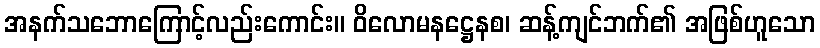
အနက်သဘောကြောင့်လည်းကောင်း။ ဝိလောမနဋ္ဌေနစ၊ ဆန့်ကျင်ဘက်၏ အဖြစ်ဟူသော